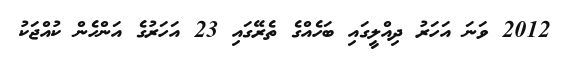
2012 ވަނަ އަހަރު ދިއްލީގައި ބަހެއްގެ ތެރޭގައި 23 އަހަރުގެ އަންހެން ކުއްޖަކު